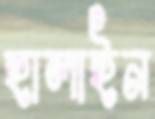
হালাইন